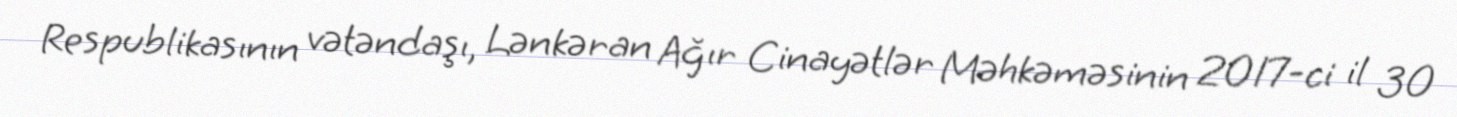
Respublikasının vətəndaşı, Lənkəran Ağır Cinayətlər Məhkəməsinin 2017-ci il 30